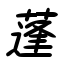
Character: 蓬